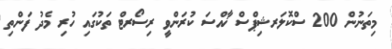
މިތަނުން 200 ސްކޮލަރޝިޕްސް ޚާއްސަ ކުރަންވީ ރިސޯރޓް ތަކުގައި ހުރި މެދު ފަންތި